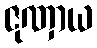
ဇုဏှာယ